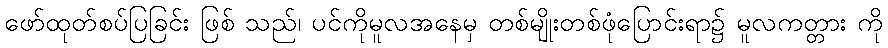
ဖော်ထုတ်စပ်ပြခြင်း ဖြစ် သည်၊ ပင်ကိုမူလအနေမှ တစ်မျိုးတစ်ဖုံပြောင်းရာ၌ မူလကတ္တား ကို